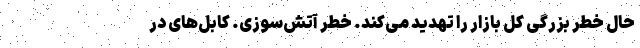
حال خطر بزرگی کل بازار را تهدید می‌کند. خطر آتش‌سوزی. کابل‌های در